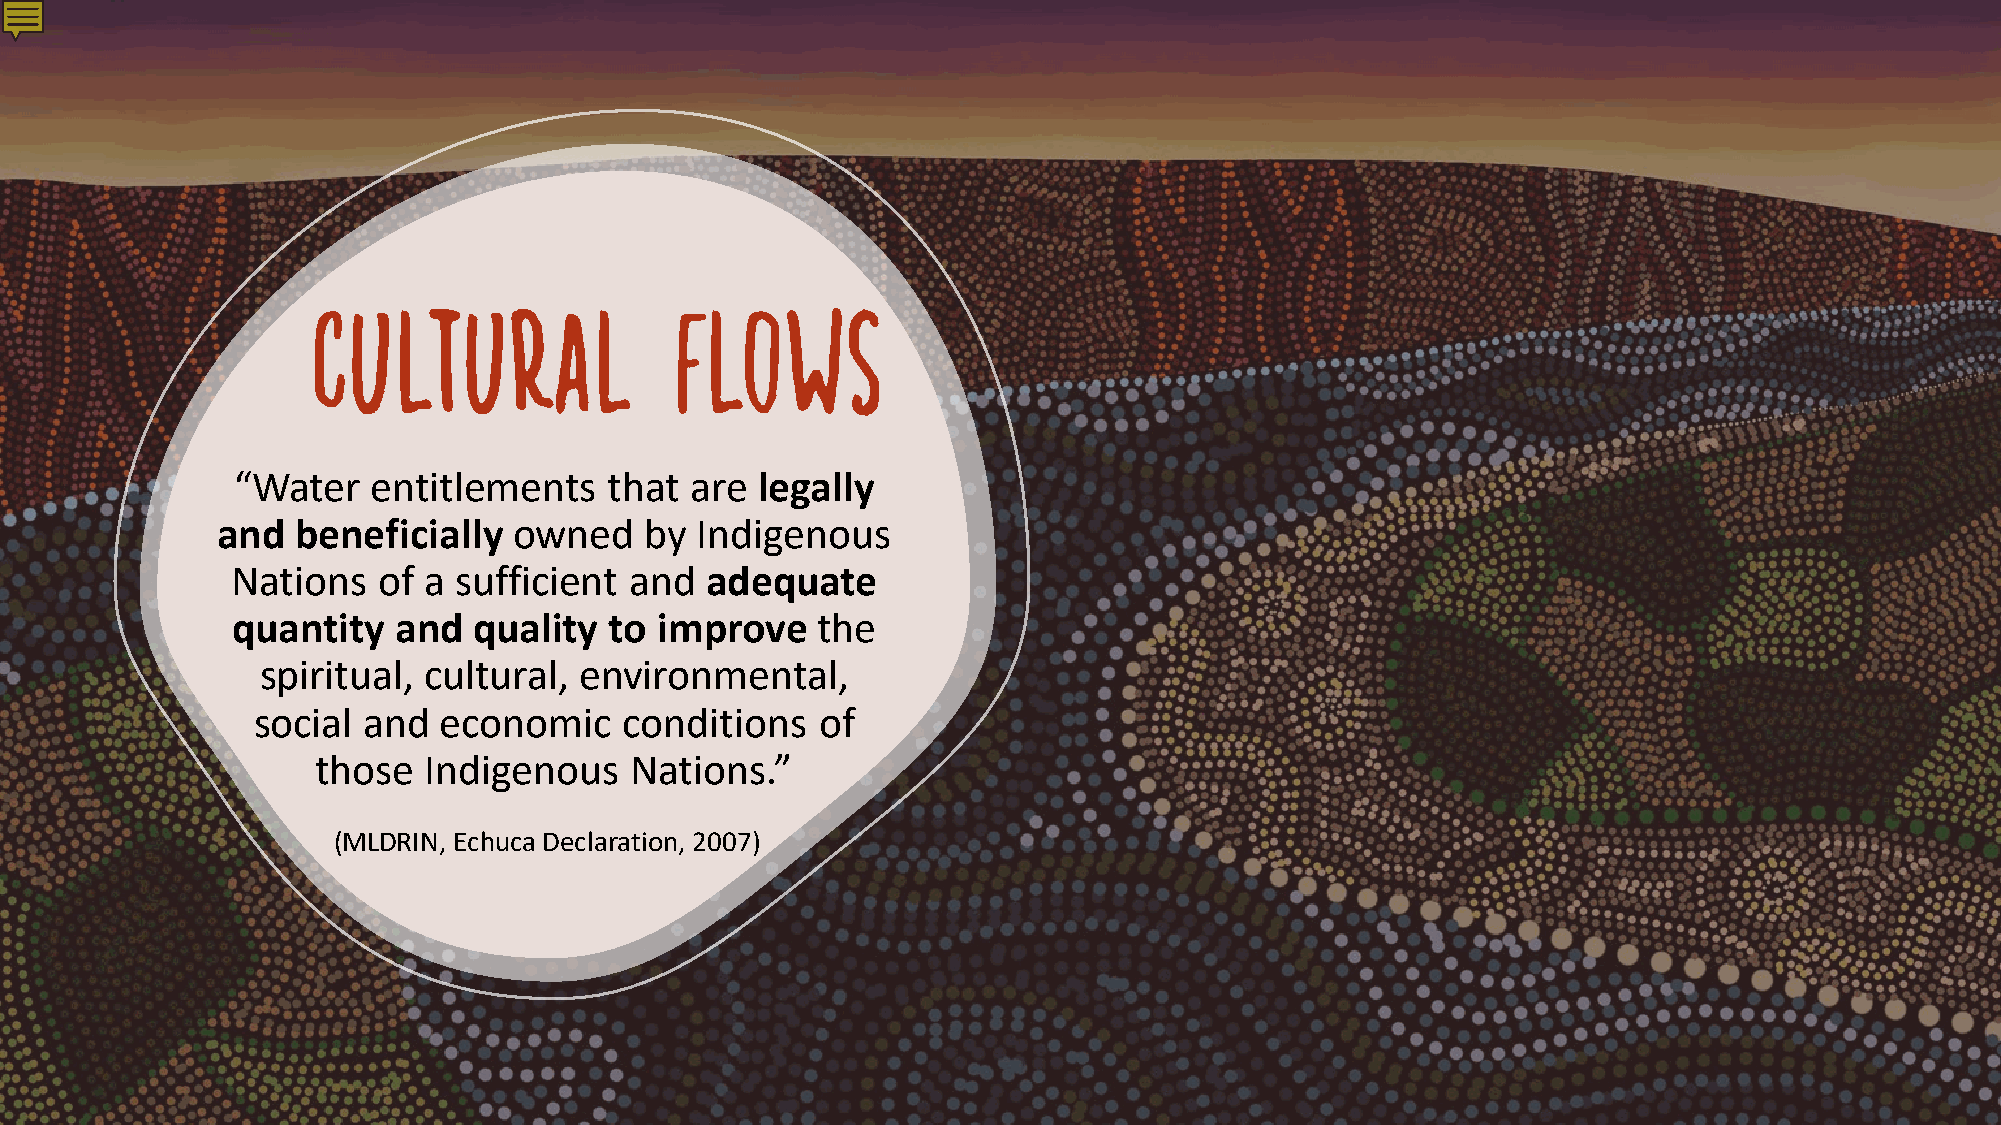
Cultural                Flows
 “Water    entitlements   that  are legally
 and   beneficially  owned    by Indigenous
 Nations   of a sufficient  and  adequate
 quantity   and  quality  to improve    the
 spiritual, cultural, environmental,
 social and  economic    conditions   of
 those  Indigenous    Nations.”
 (MLDRIN, Echuca Declaration, 2007)